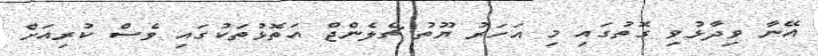
އޭނާ ވިދާޅުވި ގޮތުގައި މި އަހަރު ޔޫތު ޗެލެންޖް އަތޮޅުތަކުގައި ވެސް ކުރިއަށް